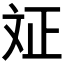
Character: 𭤗